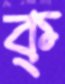
ক্